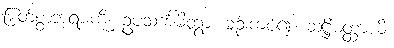
မြတ်စွာဘုရားကို။ ဥပသင်္ကမိတွာ၊ ချဉ်းကပ်၍။ ဆဋ္ဌိမတ္ထာယိ၊